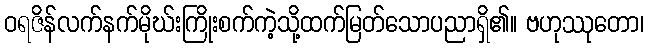
ဝရဇိန်လက်နက်မိုဃ်းကြိုးစက်ကဲ့သို့ထက်မြတ်သောပညာရှိ၏။ ဗဟုဿုတော၊